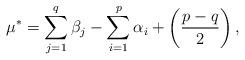
LaTeX: \begin{align*} \mu^{*}=\sum_{j=1}^{q}\beta_{j}-\sum_{i=1}^{p}\alpha_{i}+\left(\frac{p-q}{2}\right),\end{align*}